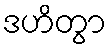
ဒဟိတွာ